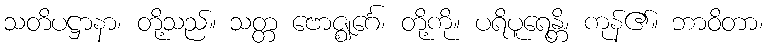
သတိပဋ္ဌာနာ၊ တို့သည်။ သတ္တ ဗောဇ္ဈင်္ဂေ၊ တို့ကို။ ပရိပူရေန္တိ၊ ကုန်၏။ ဘာဝိတာ၊